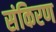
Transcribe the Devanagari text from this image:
संकिरण